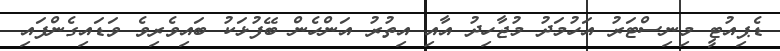
ޑެޕިއުޓީ މިނިސްޓަރު އަހުމަދު މުޖާހިދު އާއި އިތުރު އަންހެން ބޭފުޅަކު ބައިވެރިވެ ވަޑައިގެންފައި